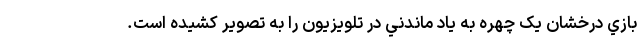
بازي درخشان يک چهره به ياد ماندني در تلويزيون را به تصوير کشيده است.